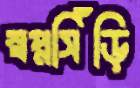
স্বপ্নসিঁড়ি